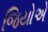
જિયોએ